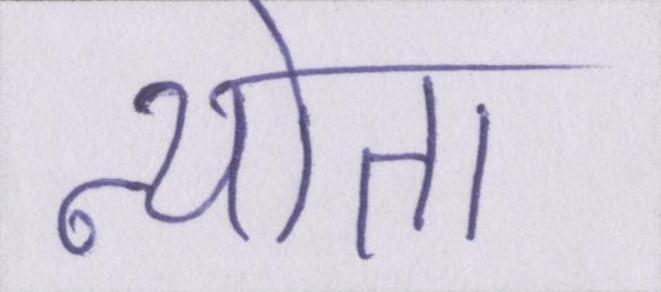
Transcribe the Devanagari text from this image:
न्योता